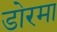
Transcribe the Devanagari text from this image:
डोरमा